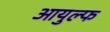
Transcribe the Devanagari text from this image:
आयुल्फ